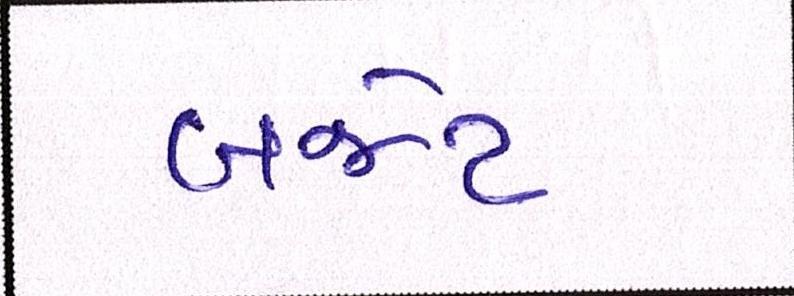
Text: બજેટ